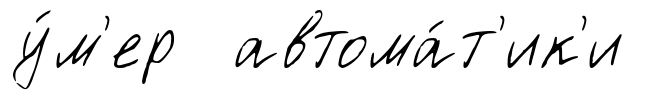
у́м'ер автома́т'ик'и